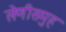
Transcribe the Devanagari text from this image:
लेणीसमुह